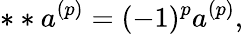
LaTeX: **a^{(p)}=(-1)^{p}a^{(p)},